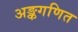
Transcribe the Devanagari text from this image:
अङ्कगणित